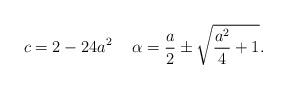
LaTeX: \begin{align*}c=2 -24 a^{2} \hspace{0.5cm}\alpha= \frac{a}{2} \pm \sqrt{\frac{a^{2}}{4} +1}.\end{align*}